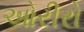
ઓરીરો